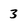
Character: 3